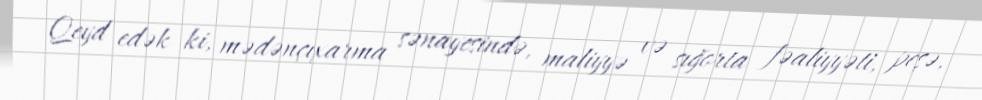
Qeyd edək ki, mədənçıxarma sənayesində, maliyyə və sığorta fəaliyyəti, peşə,